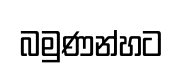
බමුණන්හට